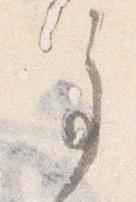
事